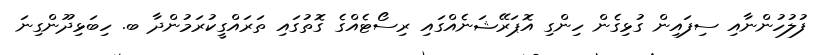
ފުލުހުންނާއި ސިފައިން ގުޅިގެން ހިންގި އޮޕަރޭޝަނެއްގައި ރިސޯޓެއްގެ ގޮތުގައި ތަރައްގީކުރަމުންދާ ބ. ހިބަޅިދޫންގިނަ